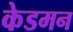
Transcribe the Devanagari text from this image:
केडमन